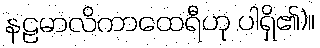
နဠမာလိကာထေရီဟု ပါရှိ၏)။